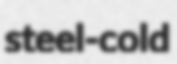
steel-cold